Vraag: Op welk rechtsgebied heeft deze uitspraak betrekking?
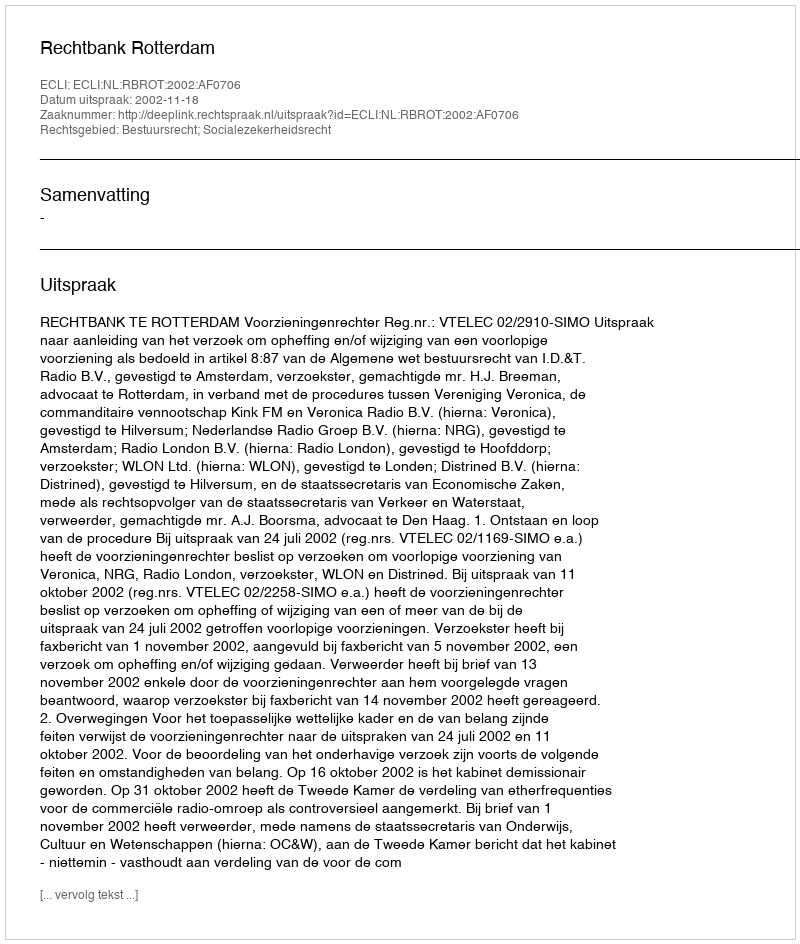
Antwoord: Bestuursrecht; Socialezekerheidsrecht